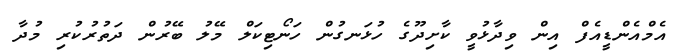
އެމްއެންޑީއެފް އިން ވިދާޅުވީ ކާށިދޫގެ ހުޅަނގުން ހަނޯޓިކަލް މޭލު ބޭރުން ދަތުރުކުރި މުދާ